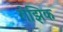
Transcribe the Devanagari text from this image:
रोझिक